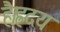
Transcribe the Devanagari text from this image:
है।ह्रदय